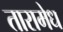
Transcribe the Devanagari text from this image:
तारामेध